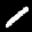
Label: 1